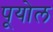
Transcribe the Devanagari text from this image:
पूयोल